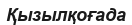
Қызылқоғада